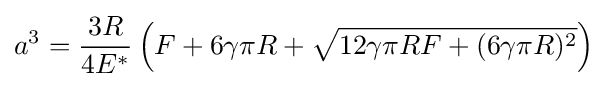
a^{3}={\frac {3R}{4E^{*}}}\left(F+6\gamma \pi R+{\sqrt {12\gamma \pi RF+(6\gamma \pi R)^{2}}}\right)